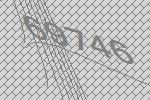
69746